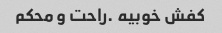
کفش خوبیه .راحت و محکم